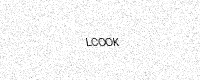
Text: LCOOK